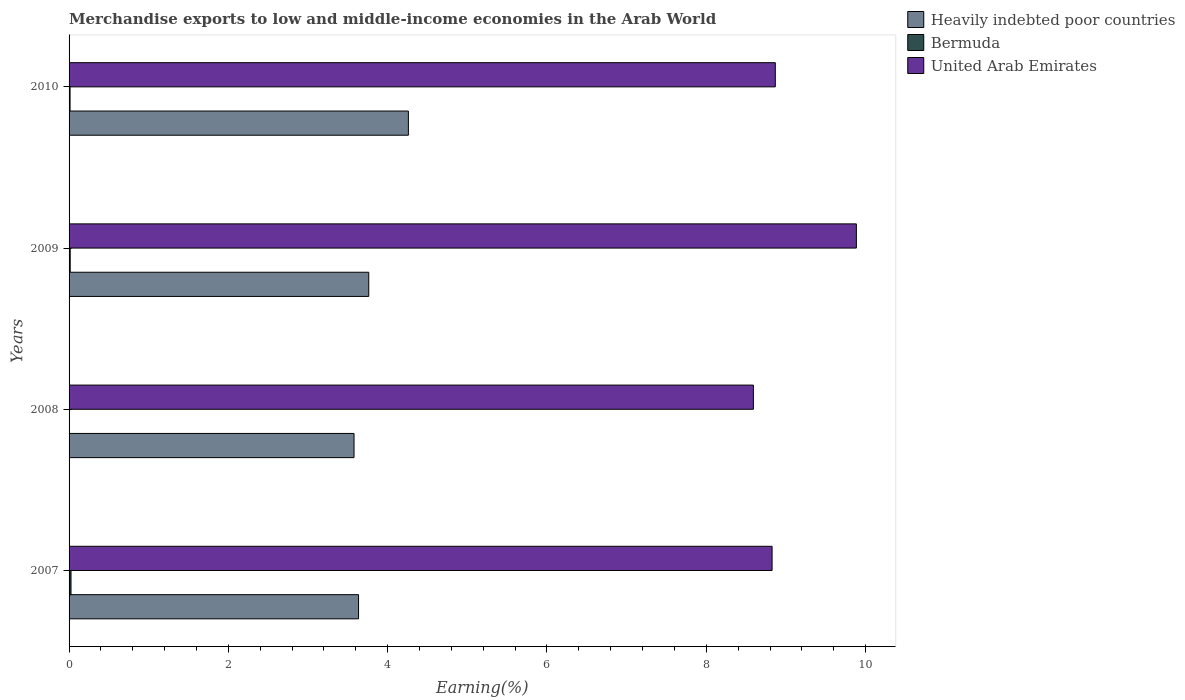
| Years | Heavily indebted poor countries | Bermuda | United Arab Emirates |
 | --- | --- | --- | --- |
 | 2007 | 3.63 | 0.0244 | 8.83 |
 | 2008 | 3.58 | 0.00432 | 8.59 |
 | 2009 | 3.76 | 0.0141 | 9.88 |
 | 2010 | 4.26 | 0.0124 | 8.87 |